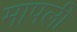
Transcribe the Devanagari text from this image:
मापली